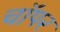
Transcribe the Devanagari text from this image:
चाॅपर